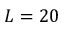
L = 2 0